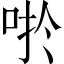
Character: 𱒬